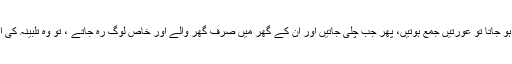
1471: اُمّ المؤمنین عائشہ صدیقہ رضی اللہ عنہا سے روایت ہے کہ جب ان کے گھر میں کوئی فوت ہو جاتا تو عورتیں جمع ہوتیں، پھر جب چلی جاتیں اور ان کے گھر میں صرف گھر والے اور خاص لوگ رہ جاتے ، تو وہ تلبینہ کی ایک ہانڈی کا حکم کرتیں (تلبینہ بھوسی یا اٹے میں شہد ملا کر حریرہ تیار کیا جاتا ہے )، پھر وہ پکتا۔